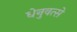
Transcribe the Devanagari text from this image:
धेनुवत्से